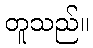
တူသည်။